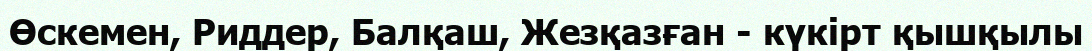
Өскемен, Риддер, Балқаш, Жезқазған - күкірт қышқылы